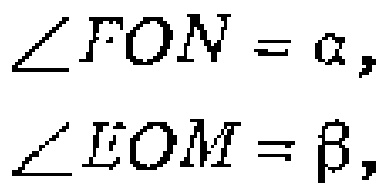
\(\angle FON = \alpha,\)
\(\angle EOM = \beta,\)